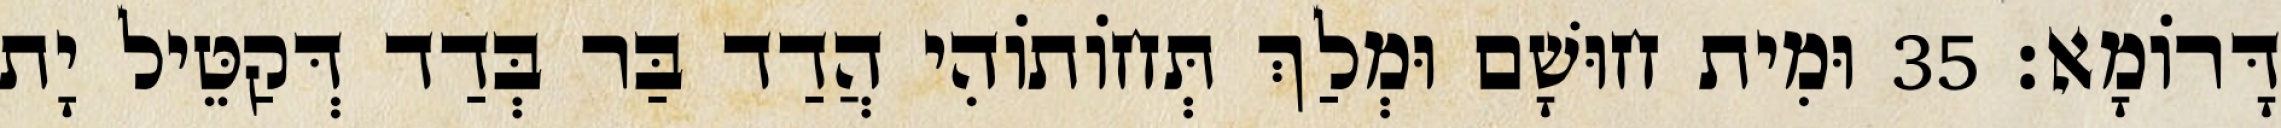
דָּרוֹמָא׃ 35 וּמִית חוּשָׁם וּמְלַךְ תְּחוֹתוֹהִי הֲדַד בַּר בְּדַד דְּקַטֵּיל יָת